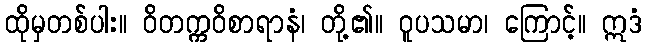
ထိုမှတစ်ပါး။ ဝိတက္ကဝိစာရာနံ၊ တို့၏။ ဝူပသမာ၊ ကြောင့်။ ဣဒံ